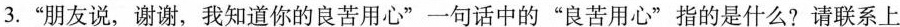
3.”朋友说，谢谢，我知道你的良苦用心”一句话中的”良苦用心”指的是什么?请联系上